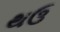
થઉ